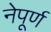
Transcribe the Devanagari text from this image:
नेपूर्ण